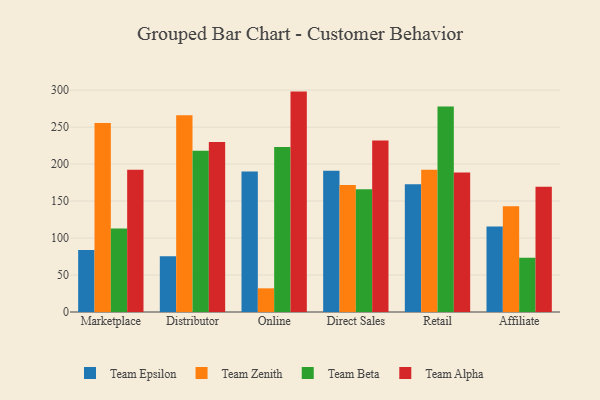
{"axis": {"x": "Channel", "y": "Inventory Turnover"}, "legend": ["Team Alpha", "Team Beta", "Team Epsilon", "Team Zenith"], "data": [{"x": "Marketplace", "y": 83.7, "type": "Team Epsilon"}, {"x": "Marketplace", "y": 255.6, "type": "Team Zenith"}, {"x": "Marketplace", "y": 113.0, "type": "Team Beta"}, {"x": "Marketplace", "y": 192.2, "type": "Team Alpha"}, {"x": "Distributor", "y": 75.4, "type": "Team Epsilon"}, {"x": "Distributor", "y": 265.9, "type": "Team Zenith"}, {"x": "Distributor", "y": 217.9, "type": "Team Beta"}, {"x": "Distributor", "y": 229.8, "type": "Team Alpha"}, {"x": "Online", "y": 189.9, "type": "Team Epsilon"}, {"x": "Online", "y": 32.0, "type": "Team Zenith"}, {"x": "Online", "y": 223.2, "type": "Team Beta"}, {"x": "Online", "y": 298.0, "type": "Team Alpha"}, {"x": "Direct Sales", "y": 191.0, "type": "Team Epsilon"}, {"x": "Direct Sales", "y": 171.6, "type": "Team Zenith"}, {"x": "Direct Sales", "y": 166.0, "type": "Team Beta"}, {"x": "Direct Sales", "y": 231.9, "type": "Team Alpha"}, {"x": "Retail", "y": 172.8, "type": "Team Epsilon"}, {"x": "Retail", "y": 192.3, "type": "Team Zenith"}, {"x": "Retail", "y": 277.9, "type": "Team Beta"}, {"x": "Retail", "y": 188.6, "type": "Team Alpha"}, {"x": "Affiliate", "y": 115.7, "type": "Team Epsilon"}, {"x": "Affiliate", "y": 143.0, "type": "Team Zenith"}, {"x": "Affiliate", "y": 73.2, "type": "Team Beta"}, {"x": "Affiliate", "y": 169.2, "type": "Team Alpha"}]}